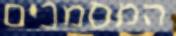
המסמכים